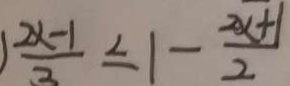
1 \frac { 2 x - 1 } { 3 } \leq 1 - \frac { 2 x + 1 } { 2 }